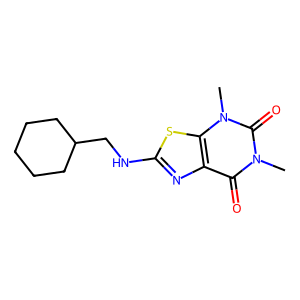
SMILES: Cn1c(=O)c2nc(NCC3CCCCC3)sc2n(C)c1=O
Inhibits HIV replication: No